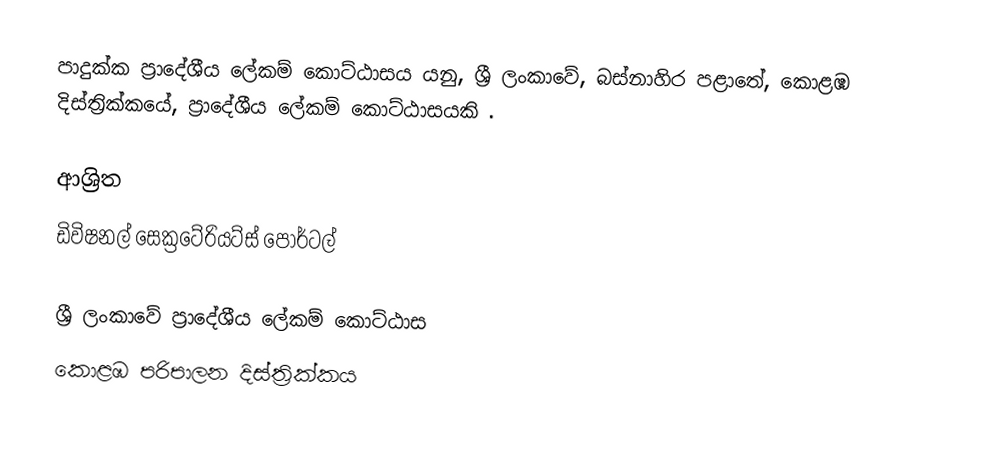
පාදුක්ක ප්‍රාදේශීය ලේකම් කොට්ඨාසය යනු,  ශ්‍රී ලංකාවේ, බස්නාහිර පළාතේ,   කොළඹ දිස්ත්‍රික්කයේ, ප්‍රාදේශීය ලේකම් කොට්ඨාසයකි .

ආශ්‍රිත
 ඩිවිෂනල් සෙක්‍රටේරියට්ස් පෝර්ටල්

ශ්‍රී ලංකාවේ ප්‍රාදේශීය ලේකම් කොට්ඨාස
කොළඹ පරිපාලන දිස්ත්‍රික්කය